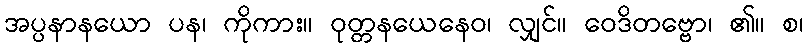
အပ္ပနာနယော ပန၊ ကိုကား။ ဝုတ္တနယေနေဝ၊ လျှင်။ ဝေဒိတဗ္ဗော၊ ၏။ စ၊